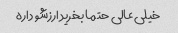
خیلی عالی حتما بخرید ارزشو داره